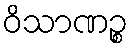
ဝိသာဏဉ္စ